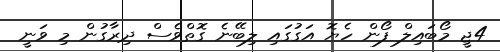
4ޖީ މޯބައިލް ފޯން ހެޔޮ އަގުގައި ލިބޭނެ ގޮތްވެސް ދިރާގުން މި ވަނީ